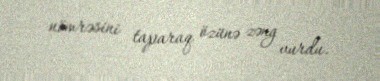
nömrəsini taparaq özünə zəng vurdu.